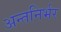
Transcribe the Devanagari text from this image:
अन्तनिर्भर